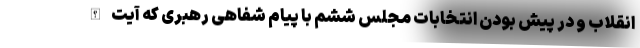
انقلاب و در پیش بودن انتخابات مجلس ششم با پیام شفاهی رهبری که آیت‌الله